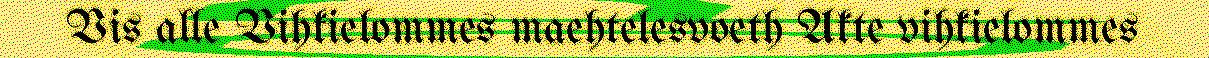
Vis alle Vihkielommes maehtelesvoeth Akte vihkielommes